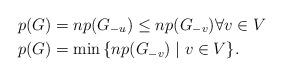
LaTeX: \begin{align*}&p(G) = np(G_{-u}) \leq np(G_{-v}) \forall v \in V \\&p(G) = \min{\{np(G_{-v}) \mid v \in V\}}.\end{align*}